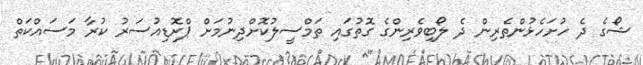
ޝޯގެ ދެ ހުށަހެޅުންތެރިން ދެ ލޯބިވެރިންގެ ގޮތުގައި ތަމްސީލުކޮށްދިނުމަށް ޕްރޮޑިއުސަރު ކުރާ މަސައްކަތް